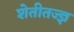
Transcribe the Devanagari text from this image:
शेतीतज्‍ज्ञ